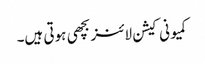
کمیونی کیشن لائنز بچھی ہوتی ہیں۔